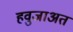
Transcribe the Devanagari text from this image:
हवुजाअत